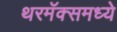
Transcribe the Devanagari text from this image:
थरमॅक्समध्ये